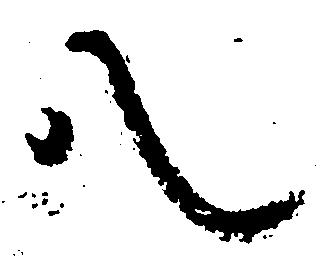
八